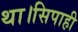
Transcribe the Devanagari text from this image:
था।सिपाही